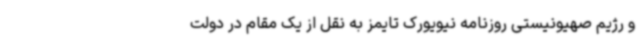
و رژیم صهیونیستی روزنامه نیویورک تایمز به نقل از یک مقام در دولت